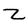
Character: Z